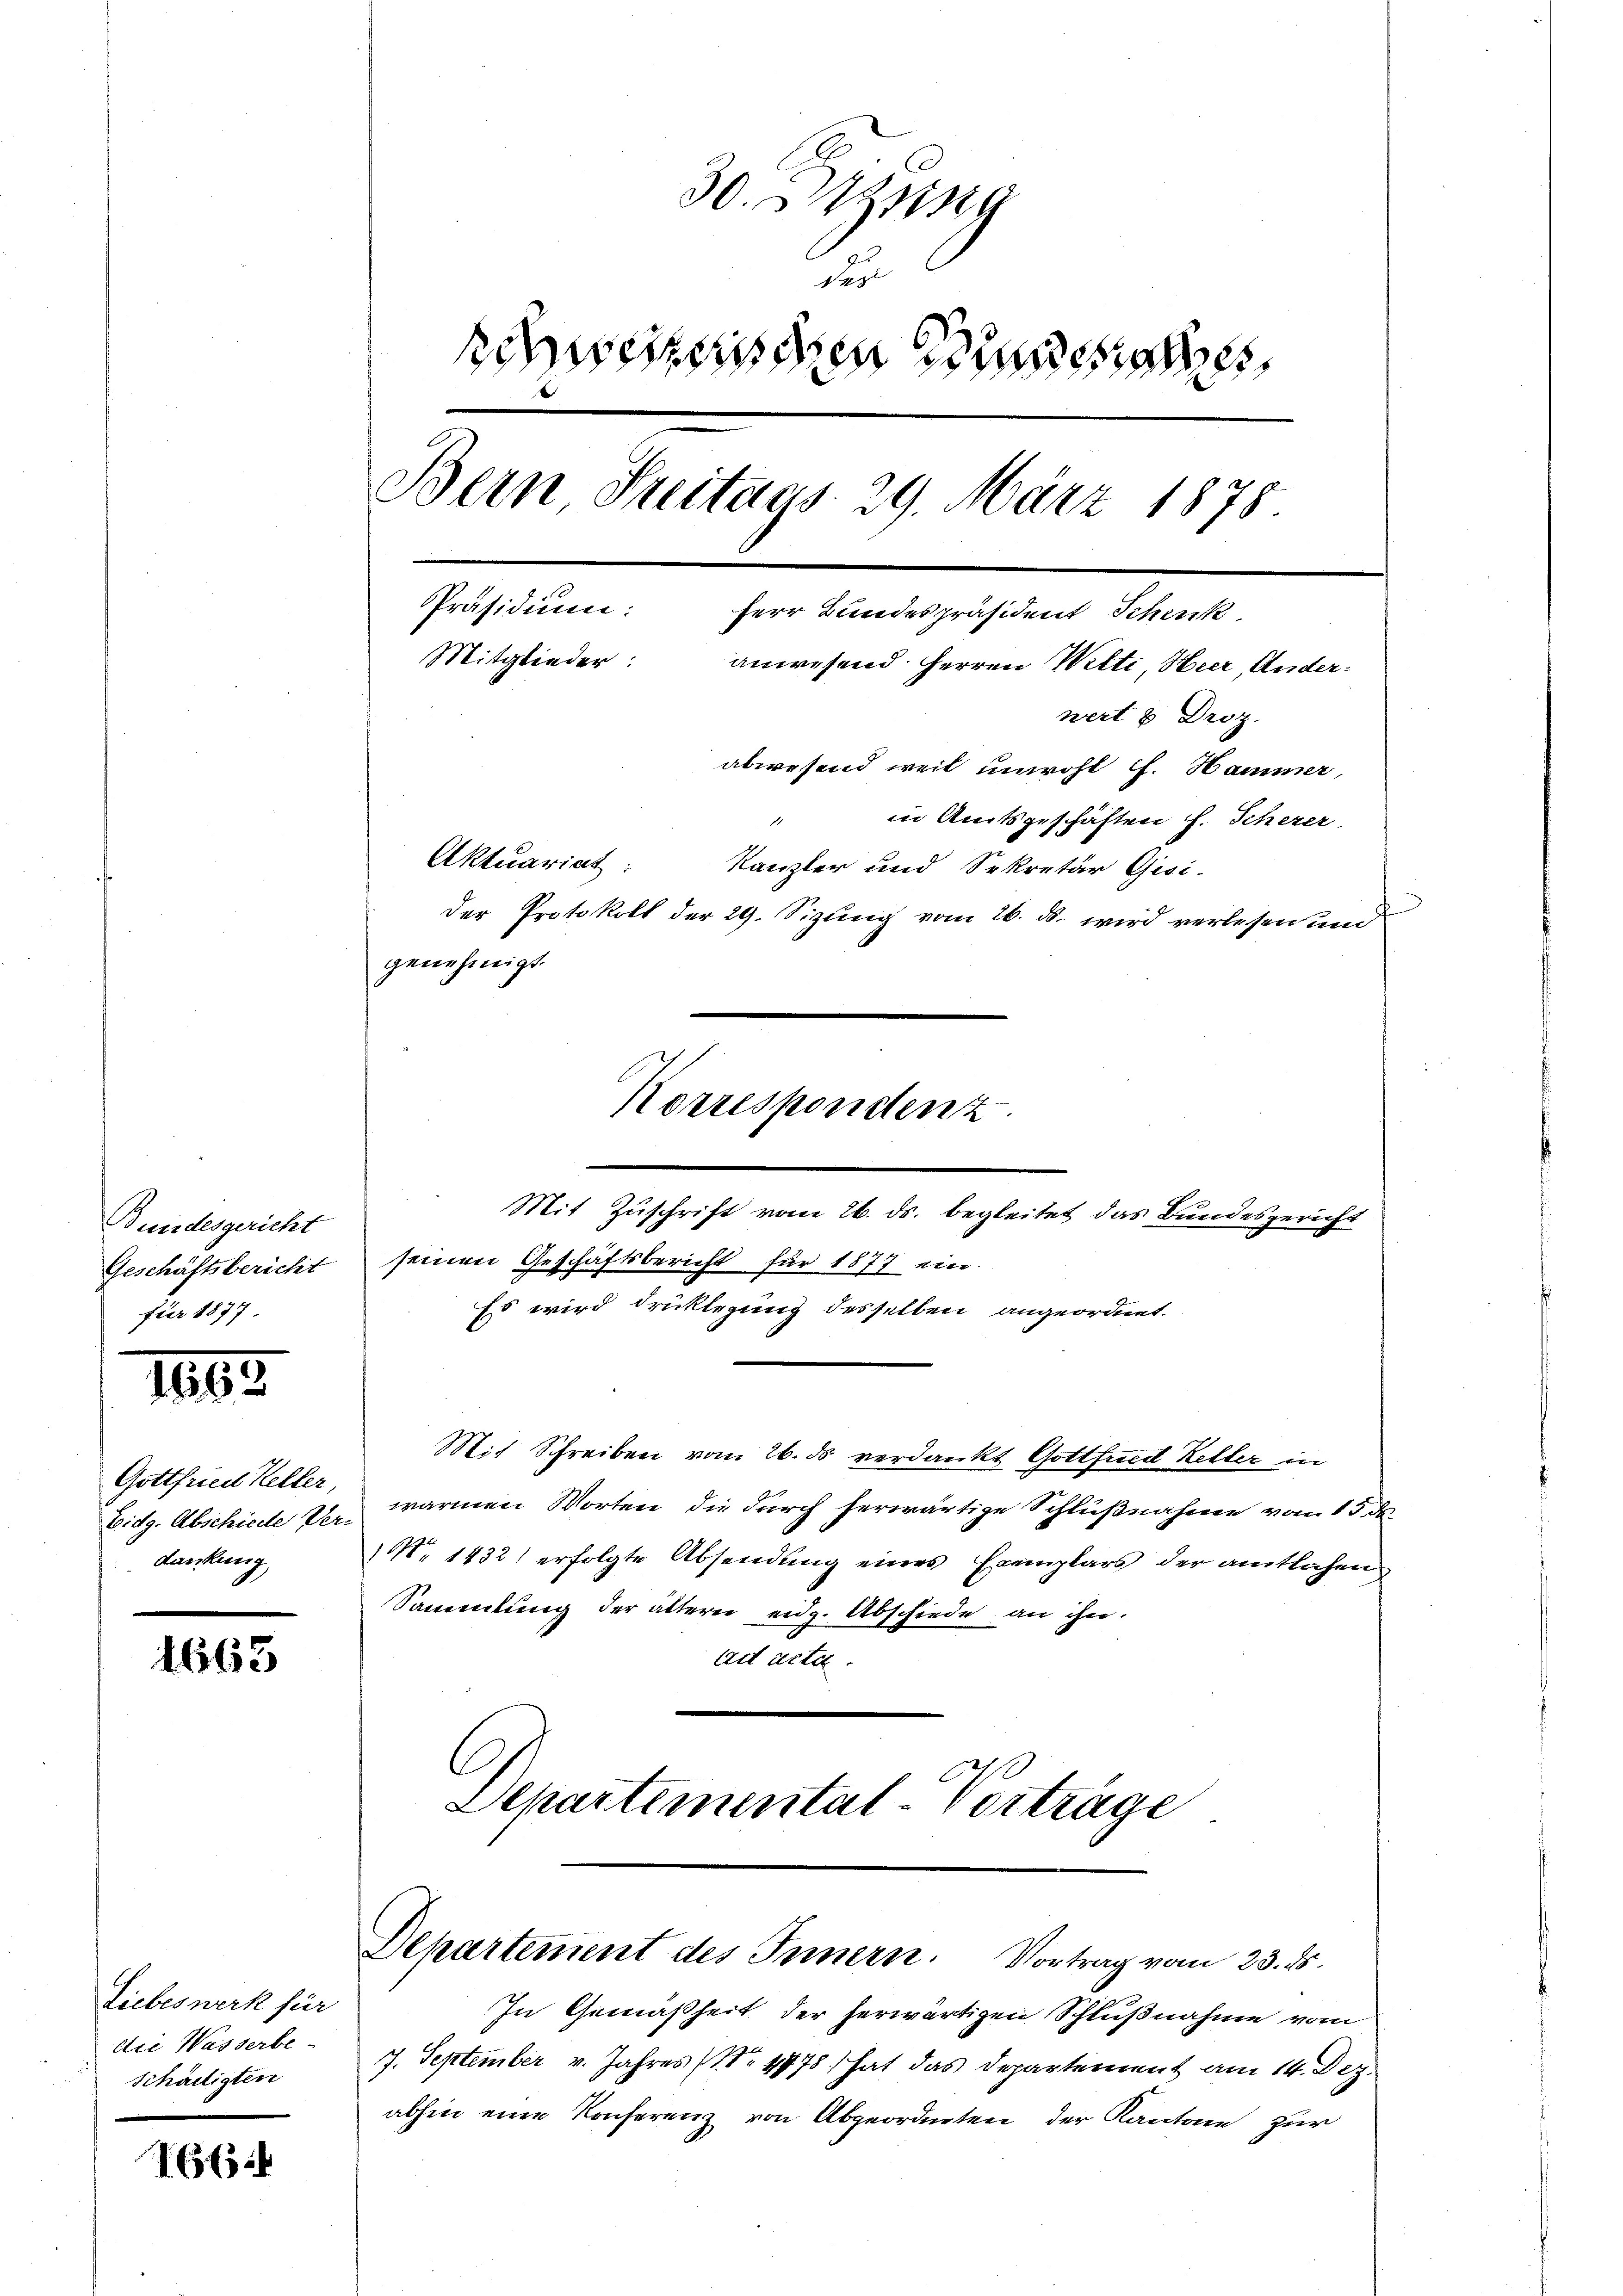
Bundesgericht
Geschäftsbericht
für 1877

1183.

Gottfried Keller,
darkung,

1663

Liebeswerk für
die Wasserbe-
schälligten

166

30. Sing
dur
schschnischen Sinne
Bern Freitags. 29. März 1875.
Präsidium:
ferr Bundespräsident Schick
Mitglieder:
anwesend Herren Wilti, Heer, Anderwert 3 Droz.
abwesend weil unwohl f. Hammer,
in Amtsgeschäften f. Scherer
8
Aktuariat:
Kanzler und Sekretär Gisi-
Der Protokoll der 29. Sizung vom 26. ds. wird verlesen und
genehmigt.

Mit Zuschrift vom 26. ds. begleitet das Bundesgericht
 19
seinen Geschäftsbericht für 1877 ein
Es wird drücklegung desselben angeordnet.
Mit Schreiben vom 26. ds verdankt Gottfrid Keller in
Eidg. Abschiede 20 warmen Worten die durch herwärtige Schlußnahme vom 15. de
No 1432) erfolgte Absendung eines Exemplars der amtlichen
Sammlung der ältern eidg. Abschiede an ihn.
act artet.
C
Departemental-Vorträge

Korresponstenz

Departement des Innern. Vortrag vom 23. ds.

In Gemäßheit der herwärtigen Schlußnahme vom
7. September v. Jahres (Nr. 4778) hat das Departement am 14. Dez.
abhin eine Konferenz von Abgeordneten der Kantone zur